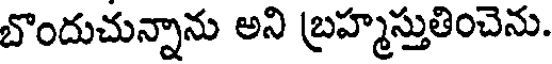
బొందుచున్నాను అని బ్రహ్మస్తుతించెను.